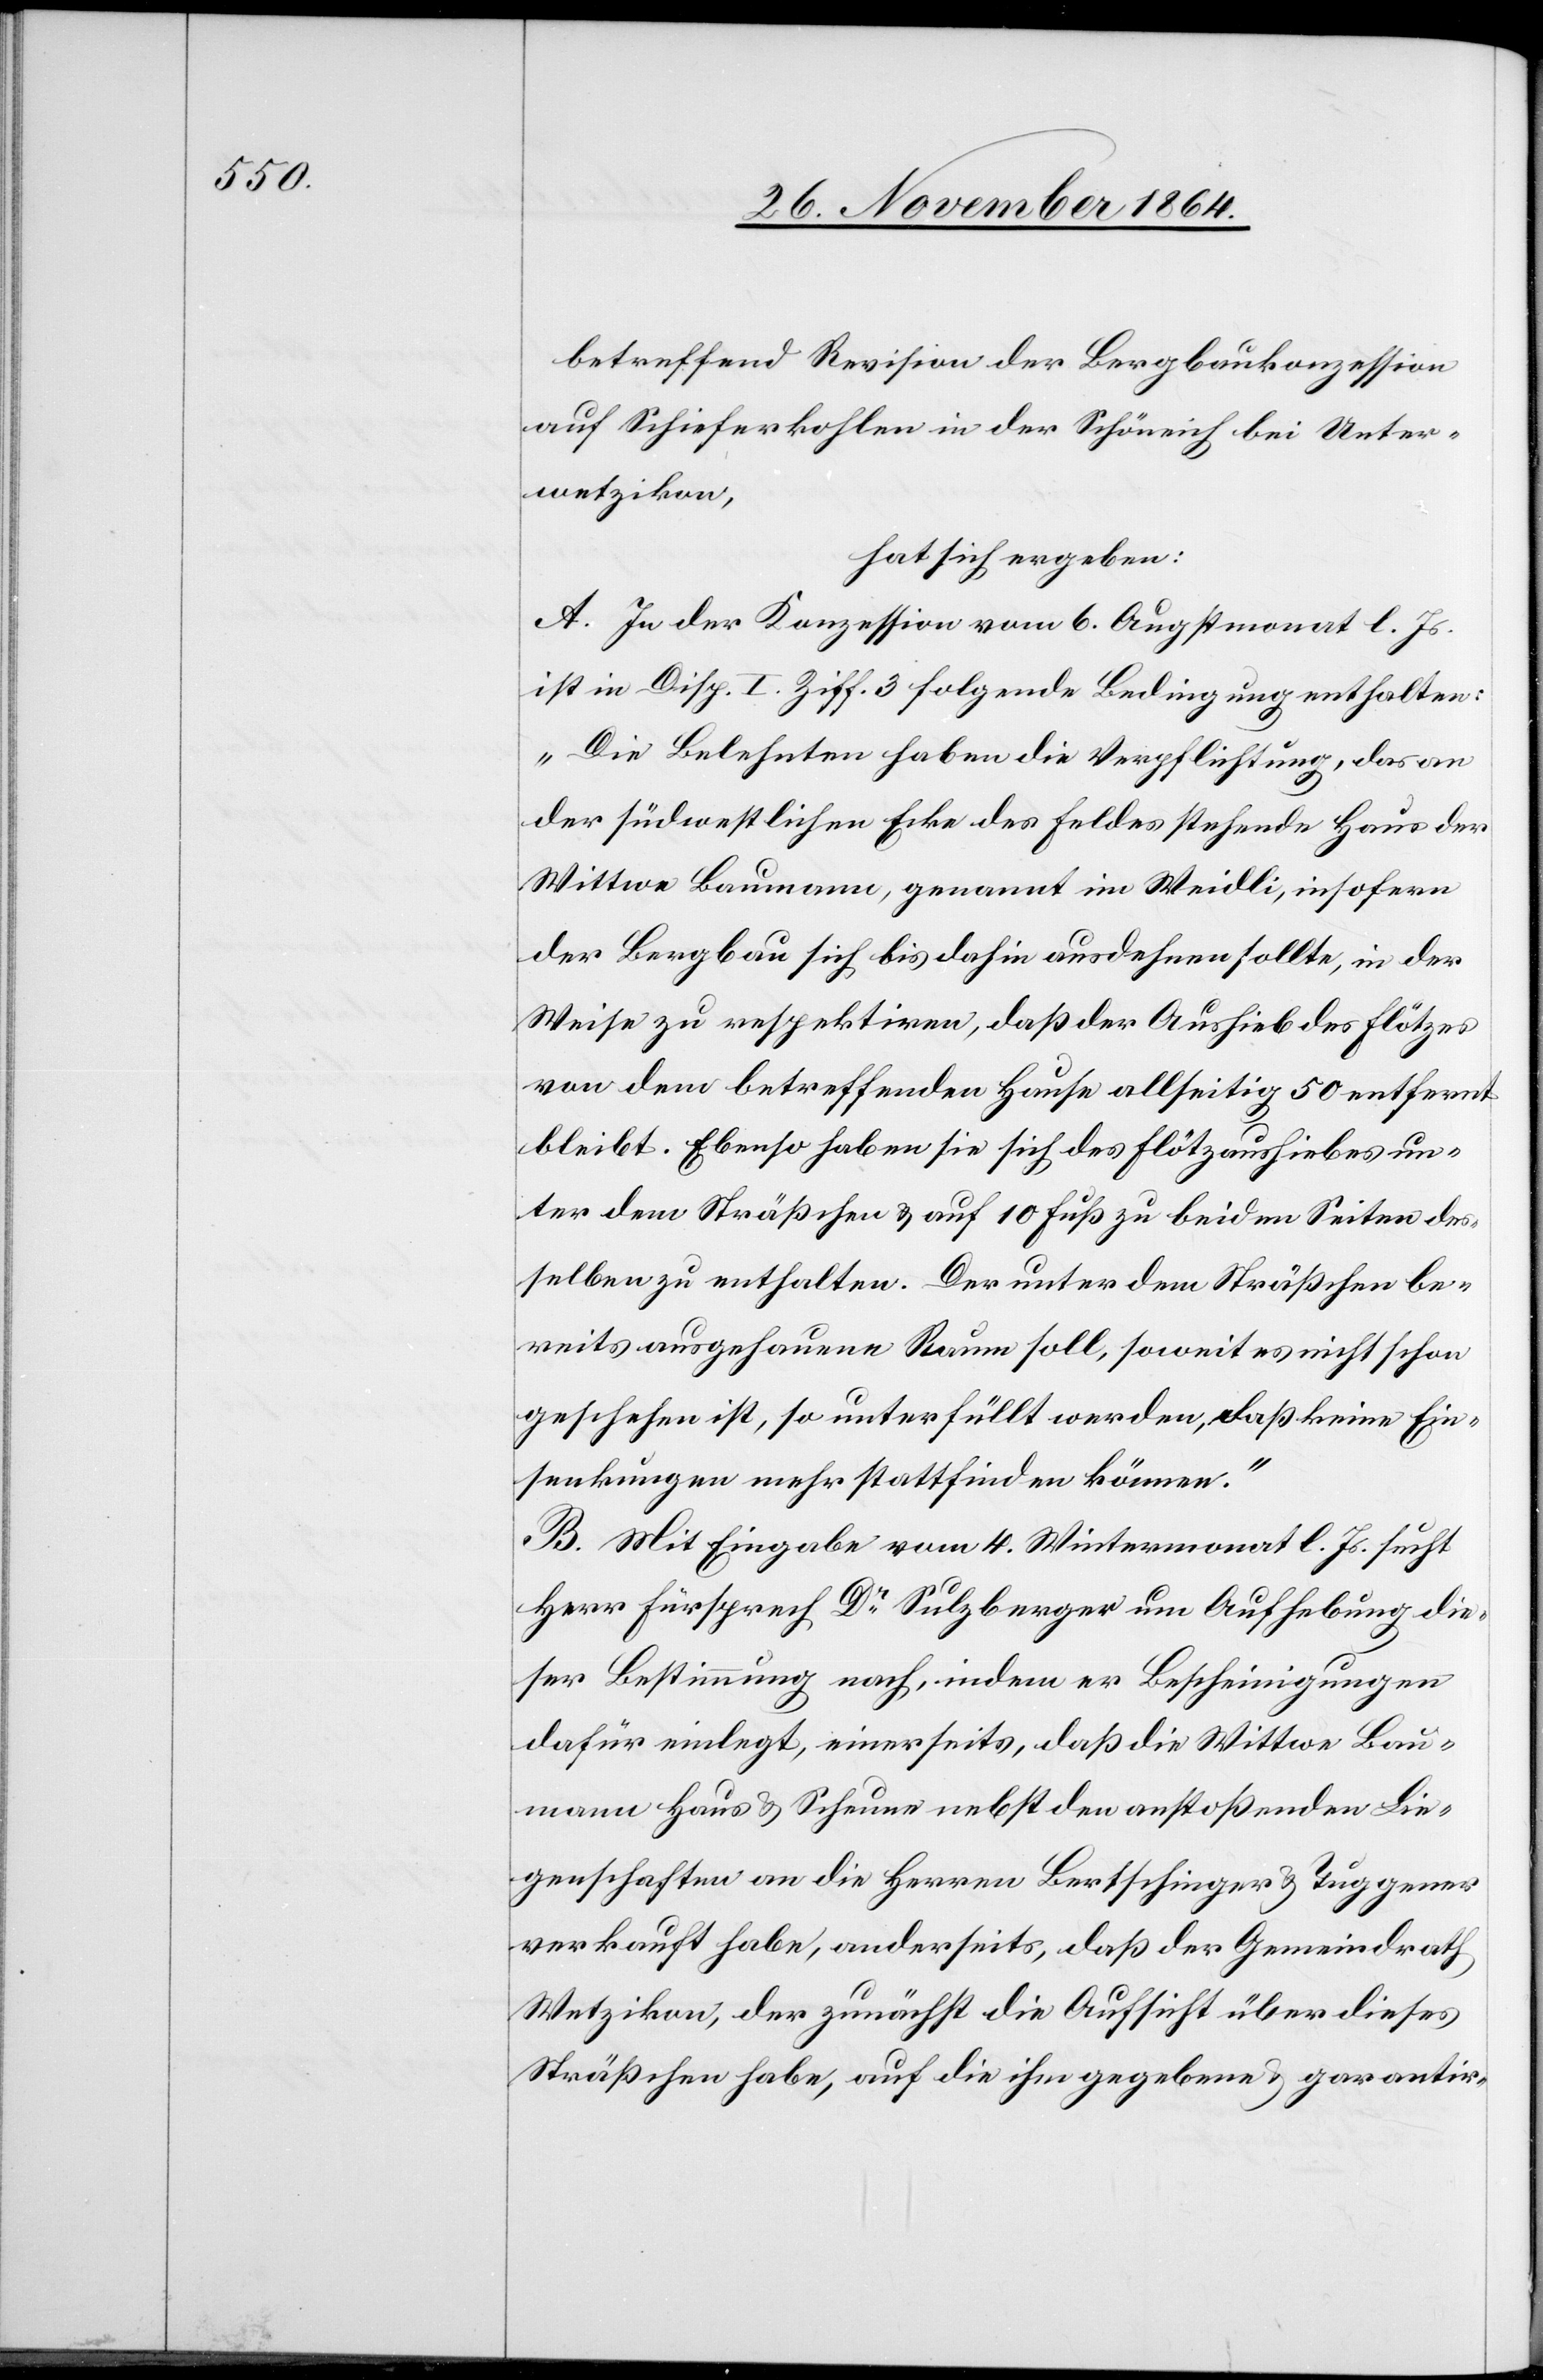
betreffend Revision der Bergbaukonzession
auf Schieferkohlen in der Schöneich bei Unter¬
wetzikon,
hat sich ergeben:
A. In der Konzession vom 6. Augstmonat l. Js.
ist in Disp. I. Ziff. 3 folgende Bedingung enthalten:
„Die Belehnten haben die Verpflichtung, das an
der südwestlichen Ecke des Feldes stehende Haus der
Wittwe Baumann, genannt im Weidli, insofern
der Bergbau sich bis dahin ausdehnen sollte, in der
Weise zu respektiren, daß der Aushieb des Flötzes
von dem betreffenden Hause allseitig 50 [sic!] entfernt
bleibt. Ebenso haben sie sich des Flötzaushiebes un¬
ter dem Sträßchen & auf 10 Fuß zu beiden Seiten des¬
selben zu enthalten. Der unter dem Sträßchen be¬
reits ausgehauene Raum soll, soweit es nicht schon
geschehen ist, so unterfüllt werden, daß keine Ein¬
senkungen mehr stattfinden können.“
B. Mit Eingabe vom 4. Wintermonat l. Js. sucht
Herr Fürsprech Dr Sulzberger um Aufhebung die¬
ser Bestimmung nach, indem er Bescheinigungen
dafür einlegt, einerseits, daß die Wittwe Bau¬
mann Haus & Scheune nebst den anstoßenden Lie¬
genschaften an die Herren Bertschinger & Tuggener
verkauft habe, anderseits, daß der Gemeindrath
Wetzikon, der zunächst die Aufsicht über dieses
Sträßchen habe, auf die ihm gegebene & garantir-